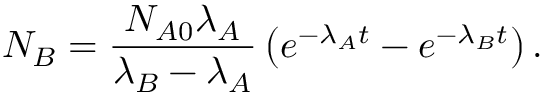
N _ { B } = { \frac { N _ { A 0 } \lambda _ { A } } { \lambda _ { B } - \lambda _ { A } } } \left( e ^ { - \lambda _ { A } t } - e ^ { - \lambda _ { B } t } \right) .